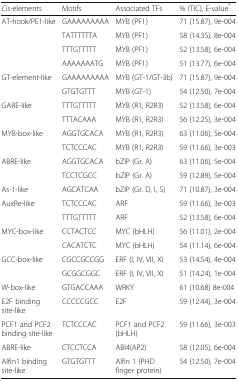
<table><thead><tr><td><b><i>Cis</i>-elements</b></td><td><b>Motifs</b></td><td><b>Associated TFs</b></td><td><b>% (TIC), E-value<sup>*</sup></b></td></tr></thead><tbody><tr><td rowspan="4">AT-hook/PE1-like</td><td>GAAAAAAAAA</td><td>MYB (PF1)</td><td>71 (15.87), 9e-004</td></tr><tr><td>TATTTTTTA</td><td>MYB (PF1)</td><td>58 (14.35), 8e-004</td></tr><tr><td>TTTGTTTTT</td><td>MYB (PF1)</td><td>52 (13.58), 6e-004</td></tr><tr><td>AAAAAAATG</td><td>MYB (PF1)</td><td>51 (13.77), 6e-004</td></tr><tr><td rowspan="2">GT-element-like</td><td>GAAAAAAAAA</td><td>MYB (GT-1/GT-3b)</td><td>71 (15.87), 9e-004</td></tr><tr><td>GTGTGTTT</td><td>MYB (GT-1)</td><td>54 (12.50), 7e-004</td></tr><tr><td rowspan="2">GARE-like</td><td>TTTGTTTTT</td><td>MYB (R1, R2R3)</td><td>52 (13.58), 6e-004</td></tr><tr><td>TTTACAAA</td><td>MYB (R1, R2R3)</td><td>56 (12.25), 3e-004</td></tr><tr><td rowspan="2">MYB-box-like</td><td>AGGTGCACA</td><td>MYB (R1, R2R3)</td><td>63 (11.06), 5e-004</td></tr><tr><td>TCTCCCAC</td><td>MYB (R1, R2R3)</td><td>59 (11.66), 3e-003</td></tr><tr><td rowspan="2">ABRE-like</td><td>AGGTGCACA</td><td>bZIP (Gr. A)</td><td>63 (11.06), 5e-004</td></tr><tr><td>TCCTCGCC</td><td>bZIP (Gr. A)</td><td>59 (12.89), 5e-004</td></tr><tr><td>As-1-like</td><td>AGCATCAA</td><td>bZIP (Gr. D, I, S)</td><td>71 (10.87), 3e-004</td></tr><tr><td rowspan="2">AuxRe-like</td><td>TCTCCCAC</td><td>ARF</td><td>59 (11.66), 3e-003</td></tr><tr><td>TTTGTTTTT</td><td>ARF</td><td>52 (13.58), 6e-004</td></tr><tr><td rowspan="2">MYC-box-like</td><td>CCTACTCC</td><td>MYC (bHLH)</td><td>56 (11.01), 2e-004</td></tr><tr><td>CACATCTC</td><td>MYC (bHLH)</td><td>54 (11.14), 6e-004</td></tr><tr><td rowspan="2">GCC-box-like</td><td>CGCCGCCGG</td><td>ERF (I, IV, VII, X)</td><td>53 (14.54), 4e-004</td></tr><tr><td>GCGGCGGC</td><td>ERF (I, IV, VII, X)</td><td>51 (14.24), 1e-004</td></tr><tr><td>W-box-like</td><td>GTGACCAAA</td><td>WRKY</td><td>61 (10.68) 8e-004</td></tr><tr><td>E2F binding site-like</td><td>CCCCCGCC</td><td>E2F</td><td>59 (12.44), 3e-004</td></tr><tr><td>PCF1 and PCF2 binding site-like</td><td>TCTCCCAC</td><td>PCF1 and PCF2 (bHLH)</td><td>59 (11.66), 3e-003</td></tr><tr><td>ABRE-like</td><td>CTCCTCCA</td><td>ABI4(AP2)</td><td>58 (12.05), 6e-004</td></tr><tr><td>Alfin1 binding site-like</td><td>GTGTGTTT</td><td>Alfin 1 (PHD finger protein)</td><td>54 (12.50), 7e-004</td></tr></tbody></table>